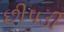
છીપડી